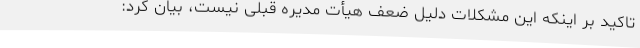
تاکید بر اینکه این مشکلات دلیل ضعف هیأت مدیره قبلی نیست، بیان کرد: